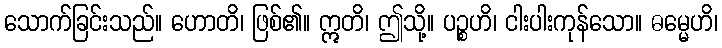
သောက်ခြင်းသည်။ ဟောတိ၊ ဖြစ်၏။ ဣတိ၊ ဤသို့။ ပဉ္စဟိ၊ ငါးပါးကုန်သော။ ဓမ္မေဟိ၊